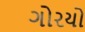
ગોરયો